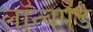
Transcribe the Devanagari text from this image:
लॉन्चपॅड